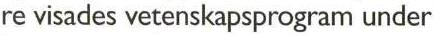
re visades vetenskapsprogram under